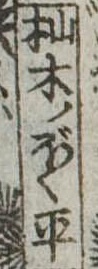
杣木ノぼく平